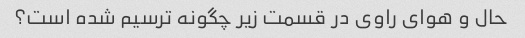
حال و هوای راوی در قسمت زیر چگونه ترسیم شده است؟